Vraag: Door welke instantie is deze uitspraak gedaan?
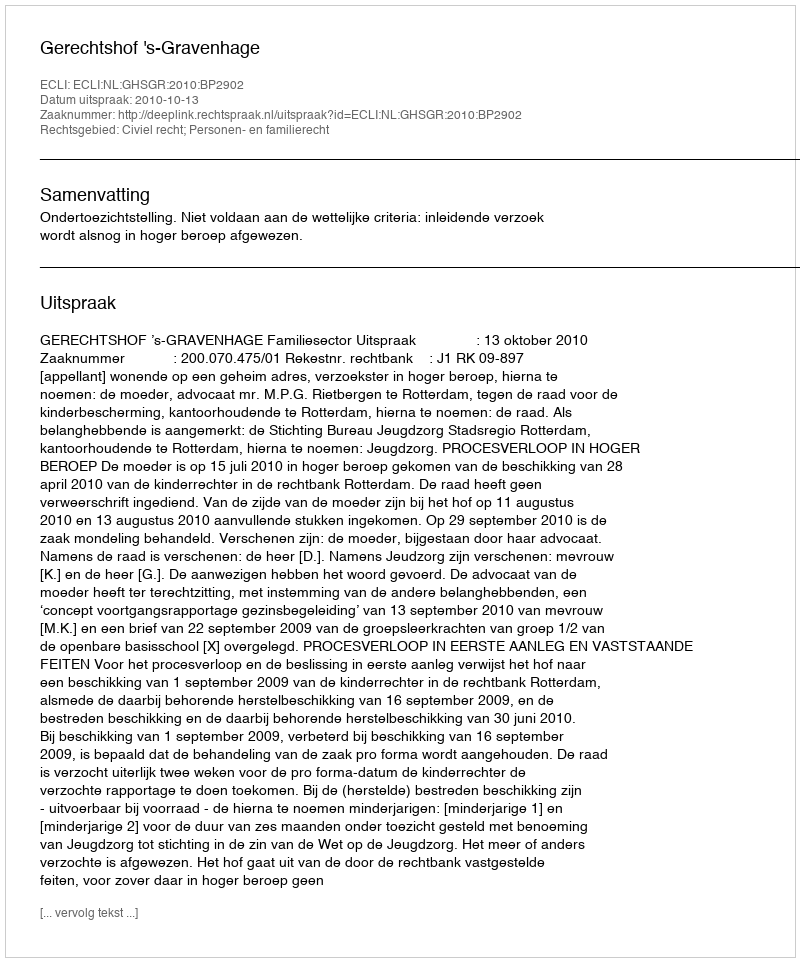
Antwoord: Gerechtshof 's-Gravenhage